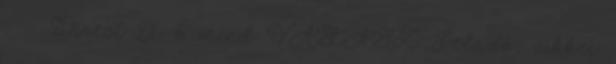
: - Direct X 6 mind VÁLASZ Feladó: cikkei